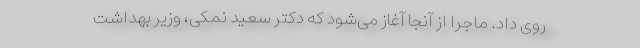
روی داد. ماجرا از آنجا آغاز می‌شود که دکتر سعید نمکی، وزیر بهداشت